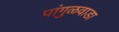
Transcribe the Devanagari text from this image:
पांगुळवाडा